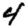
Digit: 4